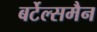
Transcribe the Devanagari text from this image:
बर्टेल्समैन